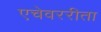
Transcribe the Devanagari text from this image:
एचेवररीता